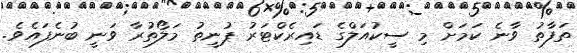
ތަފާތު ވާނެ ކަމަށް މި ސީކުއަލްގެ ޑައިރެކްޓަރު ޕުނީތު މަލޯތުރާ ވަނީ ބުނެފައެވެ.